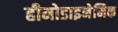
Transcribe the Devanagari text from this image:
हीमोडाइनेमिक